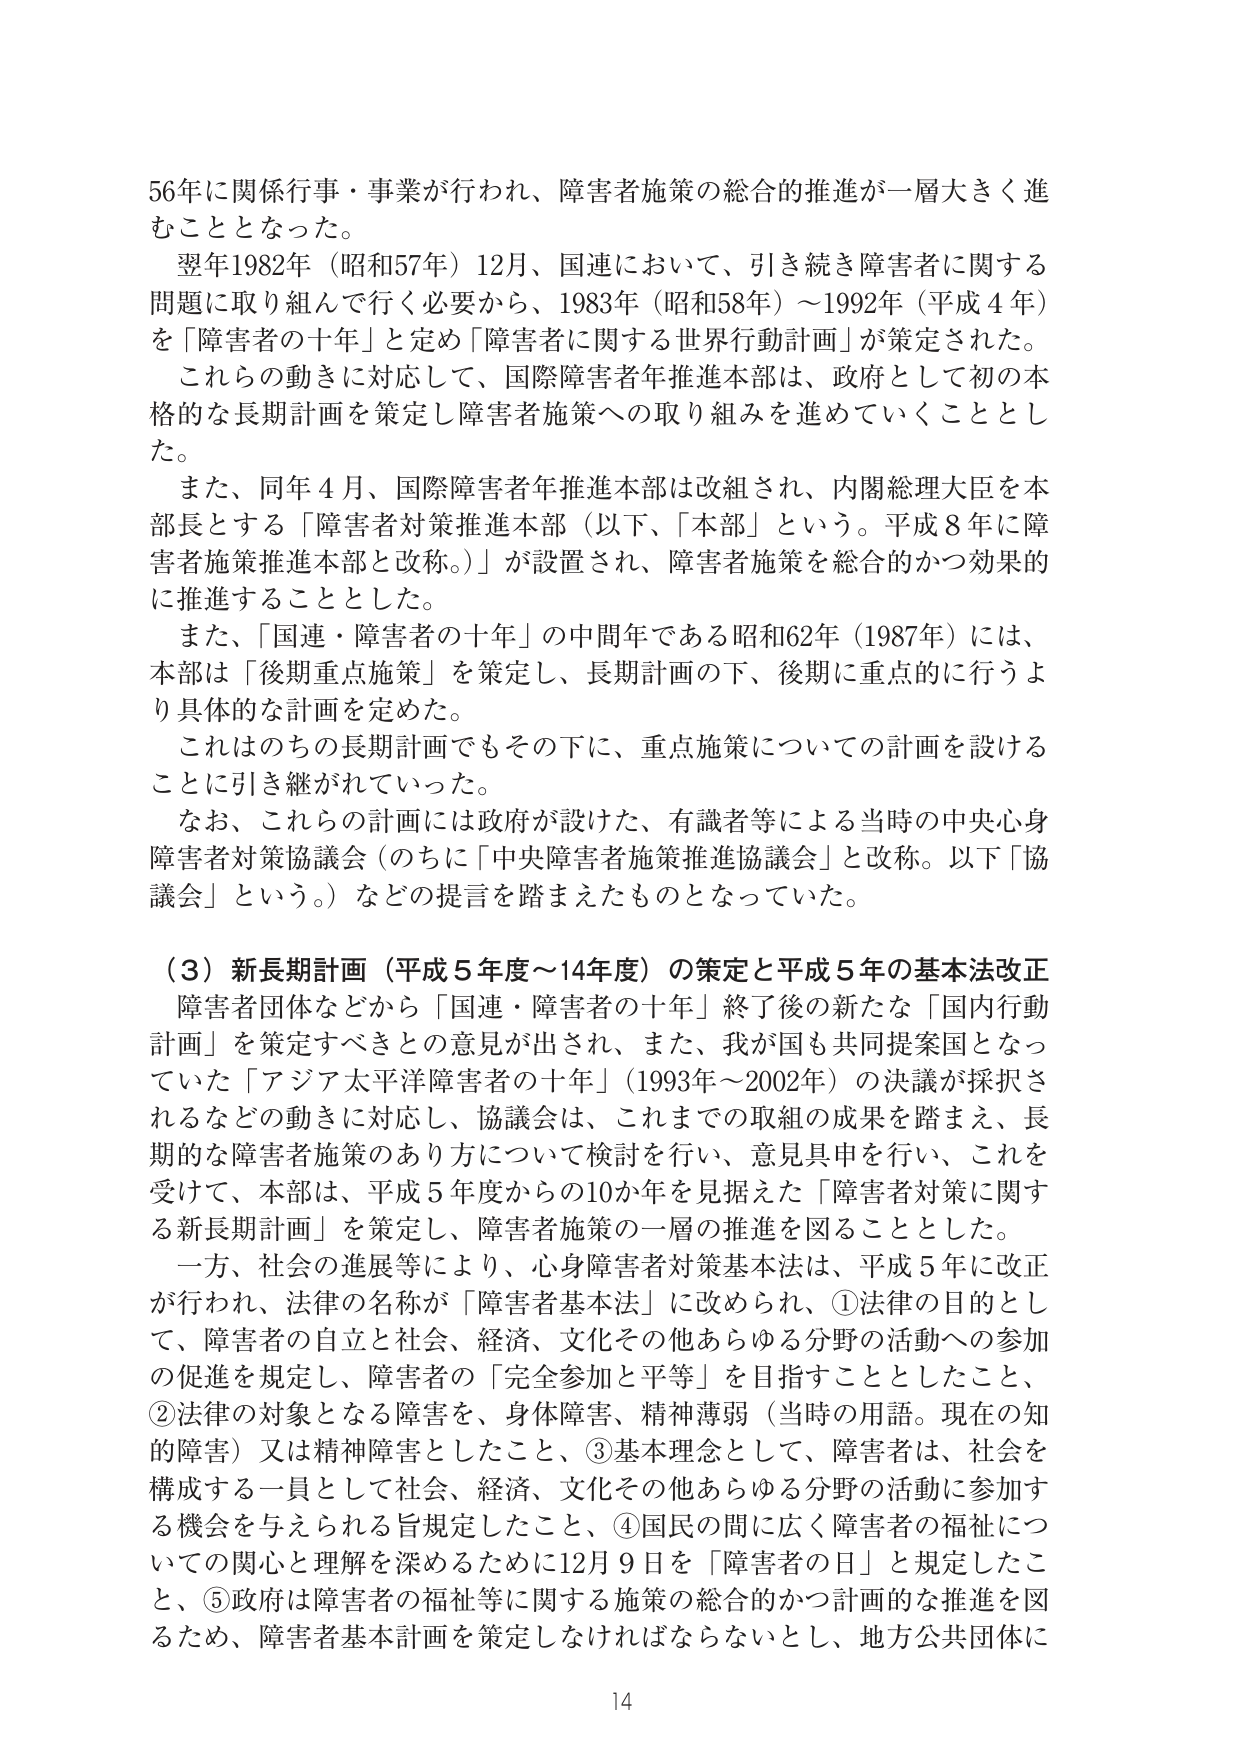
56年に関係行事・事業が行われ、障害者施策の総合的推進が一層大きく進むこととなった。

翌年1982年（昭和57年）12月、国連において、引き続き障害者に関する問題に取り組んで行く必要から、1983年（昭和58年）～1992年（平成4年）を「障害者の十年」と定め「障害者に関する世界行動計画」が策定された。

これらの動きに対応して、国際障害者年推進本部は、政府として初の本格的な長期計画を策定し障害者施策への取り組みを進めていくこととした。

また、同年4月、国際障害者年推進本部は改組され、内閣総理大臣を本部長とする「障害者対策推進本部（以下、「本部」という。平成8年に障害者施策推進本部と改称。）」が設置され、障害者施策を総合的かつ効果的に推進することとした。

また、「国連・障害者の十年」の中間年である昭和62年（1987年）には、本部は「後期重点施策」を策定し、長期計画の下、後期に重点的に行うより具体的な計画を定めた。

これはのちの長期計画でもその下に、重点施策についての計画を設けることに引き継がれていった。

なお、これらの計画には政府が設けた、有識者等による当時の中央心身障害者対策協議会（のちに「中央障害者施策推進協議会」と改称。以下「協議会」という。）などの提言を踏まえたものとなっていた。

（3）新長期計画（平成5年度～14年度）の策定と平成5年の基本法改正

障害者団体などから「国連・障害者の十年」終了後の新たな「国内行動計画」を策定すべきとの意見が出され、また、我が国も共同提案国となっていた「アジア太平洋障害者の十年」（1993年～2002年）の決議が採択されるなどの動きに対応し、協議会は、これまでの取組の成果を踏まえ、長期的な障害者施策のあり方について検討を行い、意見具申を行い、これを受けて、本部は、平成5年度からの10か年を見据えた「障害者対策に関する新長期計画」を策定し、障害者施策の一層の推進を図ることとした。

一方、社会の進展等により、心身障害者対策基本法は、平成5年に改正が行われ、法律の名称が「障害者基本法」に改められ、①法律の目的として、障害者の自立と社会、経済、文化その他あらゆる分野の活動への参加の促進を規定し、障害者の「完全参加と平等」を目指すこととしたこと、②法律の対象となる障害を、身体障害、精神薄弱（当時の用語。現在の知的障害）又は精神障害としたこと、③基本理念として、障害者は、社会を構成する一員として社会、経済、文化その他あらゆる分野の活動に参加する機会を与えられる旨規定したこと、④国民の間に広く障害者の福祉についての関心と理解を深めるために12月9日を「障害者の日」と規定したこと、⑤政府は障害者の福祉等に関する施策の総合的かつ計画的な推進を図るため、障害者基本計画を策定しなければならないとし、地方公共団体に

14